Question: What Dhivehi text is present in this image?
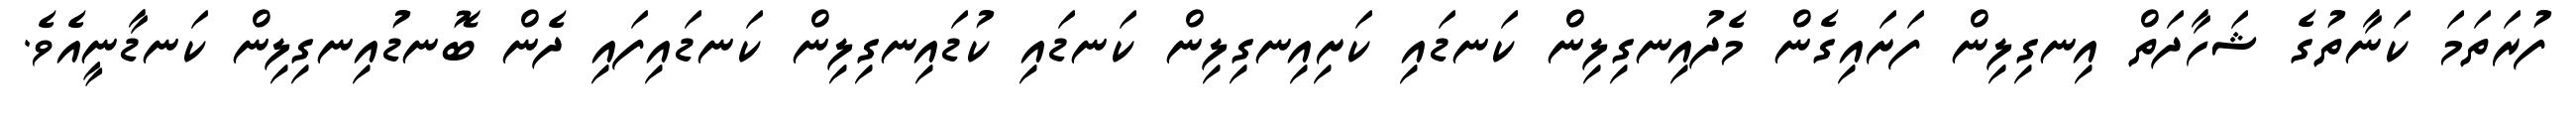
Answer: ފުރަތަމަ ކަނާތުގެ ޝަހާދަތް އިނގިލިން ފަށައިގެން މެދުއިނގިލިން ކަނޑައި ކަށިއިނގިލިން ކަނޑައި ކުޑައިނގިލިން ކަނޑައިފައި ދެން ބޮނޑުއިނގިލިން ކަނޑާނީއެވެ.